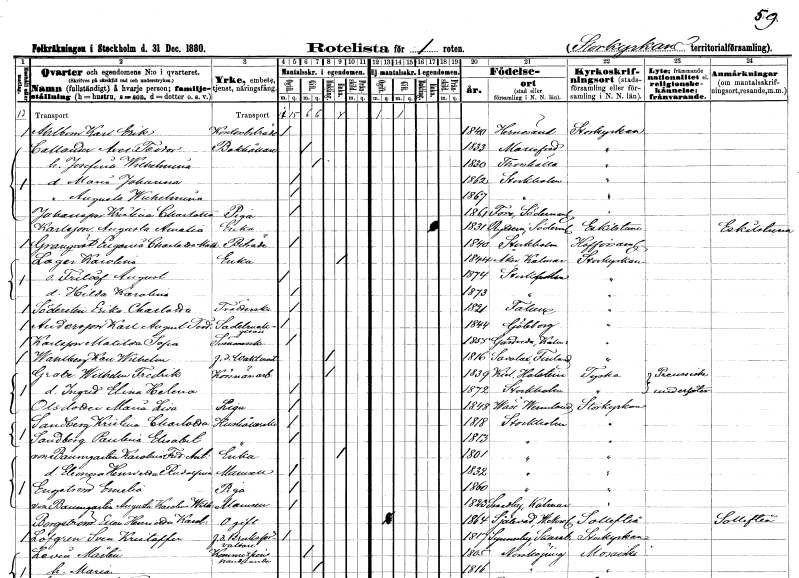
gt_parse: households: individuals: FN: Karl Erik
EN: Ahlbom
YRKE: Kontorsbiträde
KON: M
CIV: O
FODAR: 1840
FODFORS: Härnösand Västernorrlands län
FN: Axel Teodor
EN: Callander
YRKE: Bokhållare
KON: M
CIV: G
FODAR: 1833
FODFORS: Mariefred Södermanlands län
FN: Josefina Wilhelmina
KON: K
CIV: G
FODAR: 1830
FODFORS: Torshälla Södermanlands län
FN: Maria Johanna
KON: K
CIV: O
FODAR: 1862
FODFORS: Stockholm
FN: Augusta Wilhelmina
KON: K
CIV: O
FODAR: 1867
FODFORS: Stockholm
FN: Kristina Charlotta
EN: Johansson
YRKE: Piga
KON: K
CIV: O
FODAR: 1861
FODFORS: Fors Södermanlands län
FN: Augusta Amalia
EN: Karlsson
YRKE: Änka
KON: K
CIV: E
FODAR: 1831
FODFORS: Rytterne Västmanlands län
FN: Eugenia Charlotta Mathilda
EN: Granqvist
YRKE: Biträde
KON: K
CIV: O
FODAR: 1840
FODFORS: Stockholm
FN: Karolina
EN: Lager
YRKE: Änka
KON: K
CIV: E
FODAR: 1844
FODFORS: Åker Jönköpings län
FN: Fritiof August
KON: M
CIV: O
FODAR: 1874
FODFORS: Stockholm
FN: Hilda Karolina
KON: K
CIV: O
FODAR: 1873
FODFORS: Stockholm
FN: Erika Charlotta
EN: Södersten
YRKE: Tvätterska
KON: K
CIV: O
FODAR: 1821
FODFORS: Falun Kopparbergs län
FN: Karl August Teodor
EN: Andersson
YRKE: Sadelmakaregesäll
KON: M
CIV: O
FODAR: 1844
FODFORS: Göteborg Göteborgs- och Bohuslän
FN: Matilda Sofia
EN: Karlsson
YRKE: Sömmerska
KON: K
CIV: O
FODAR: 1855
FODFORS: Gårdveda Målilla Kalmar län
FN: Karl Wilhelm
EN: Wahlberg
YRKE: Vaktmästare f.d.
KON: M
CIV: O
FODAR: 1816
FN: Wilhelm Fredrik
EN: Grabe
YRKE: Körsnärsarbetare
KON: M
CIV: E
FODAR: 1839
FN: Ingrid Elina Helena
KON: K
CIV: O
FODAR: 1872
FODFORS: Stockholm
FN: Maria Lisa
EN: Olsdotter
YRKE: Piga
KON: K
CIV: O
FODAR: 1848
FODFORS: Väse Värmlands län
FN: Kristina Charlotta
EN: Sandberg
YRKE: Hushållerska
KON: K
CIV: O
FODAR: 1818
FODFORS: Stockholm
FN: Paulina Elisabet
EN: Sandberg
YRKE: Hushållerska
KON: K
CIV: O
FODAR: 1813
FODFORS: Stockholm
FN: Karolina Fredrika Antoinette
EN: von Baumgarten
YRKE: Änka
KON: K
CIV: E
FODAR: 1801
FODFORS: Stockholm
FN: Eleonora Henrietta Rudolfina
KON: K
CIV: O
FODAR: 1832
FODFORS: Stockholm
FN: Emelia
EN: Engström
YRKE: Piga
KON: K
CIV: O
FODAR: 1860
FODFORS: Stockholm
FN: Augusta Karolina Wilhelmina
EN: von Baumgarten
KON: K
CIV: O
FODAR: 1823
FODFORS: Smedby Kalmar län
FN: Ellen Henrietta Karolina
EN: Borgström
KON: K
CIV: O
FODAR: 1864
FODFORS: Själevad Västernorrlands län